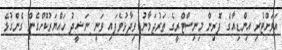
އަވަށްޓެރި އިންޑިއާގެ ފޮރިން މިނިސްޓްރީގެ ތަރުޖަމާނު ވިދާޅުވެފައި ވަނީ ނަޝީދު ހައްޔަރުކޮށްގެން ގެންގުޅޭ